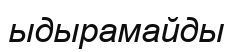
ыдырамайды